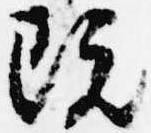
既